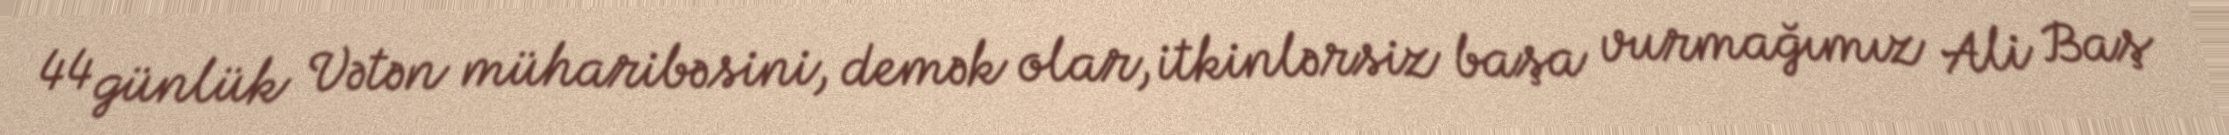
44 günlük Vətən müharibəsini, demək olar, itkinlərsiz başa vurmağımız Ali Baş